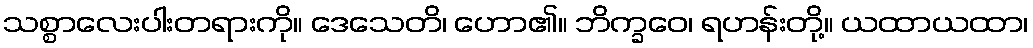
သစ္စာလေးပါးတရားကို။ ဒေသေတိ၊ ဟော၏။ ဘိက္ခဝေ၊ ရဟန်းတို့။ ယထာယထာ၊